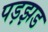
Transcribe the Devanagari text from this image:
पड़झड